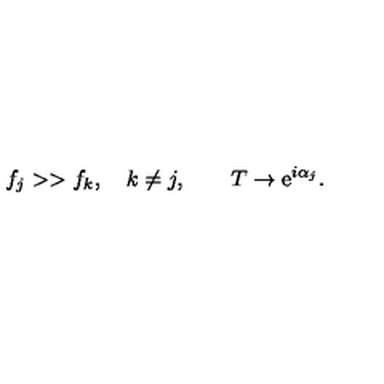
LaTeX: f _ { j } > > f _ { k } , \quad k \not = j , \qquad T \rightarrow \mathrm { e } ^ { i \alpha _ { j } } .